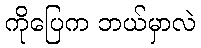
ကိုပြေက ဘယ်မှာလဲ